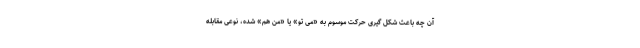
آن چه باعث شکل گیری حرکت موسوم به «می تو» یا «من هم» شده، نوعی مقابله